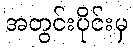
အတွင်းပိုင်းမှ